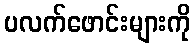
ပလက်ဖောင်းများကို